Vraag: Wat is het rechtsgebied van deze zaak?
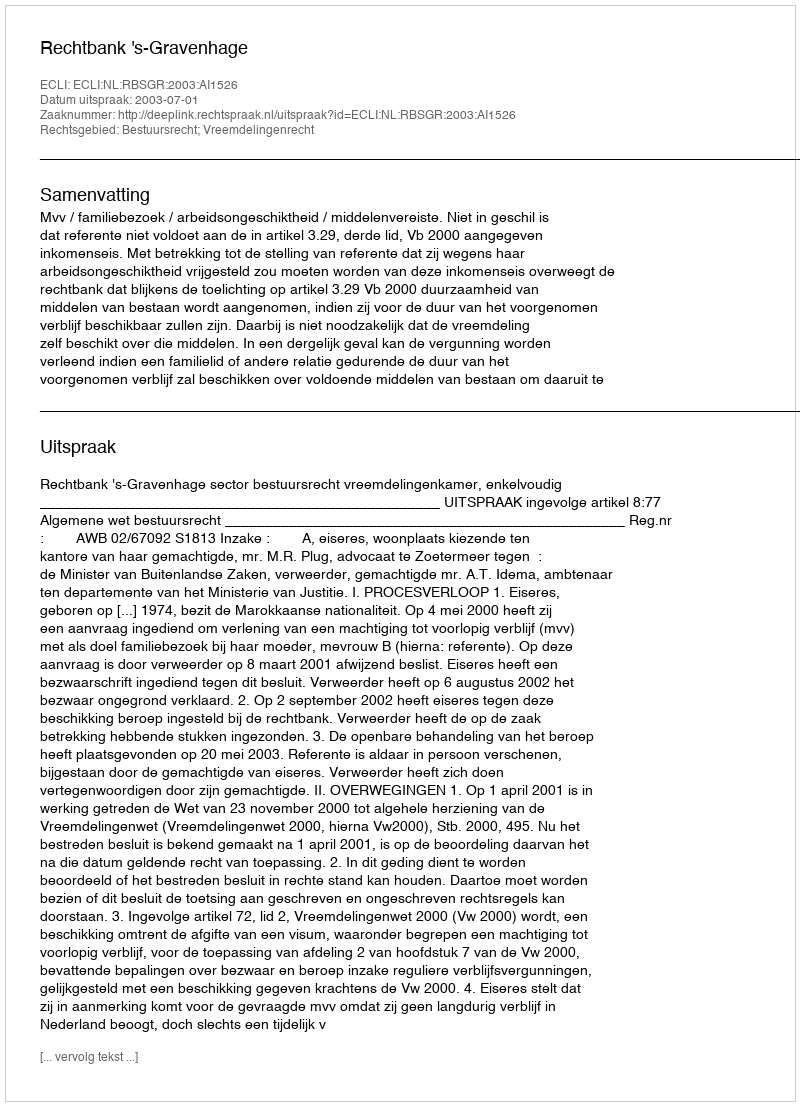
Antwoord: Bestuursrecht; Vreemdelingenrecht